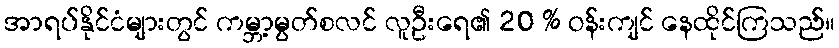
အာရပ်နိုင်ငံများတွင် ကမ္ဘာ့မွတ်စလင် လူဦးရေ၏ 20 % ဝန်းကျင် နေထိုင်ကြသည်။